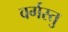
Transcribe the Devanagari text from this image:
वर्गस्तु